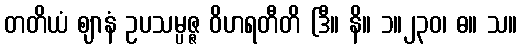
တတိယံ ဈာနံ ဥပသမ္ပဇ္ဇ ဝိဟရတီတိ (ဒီ။ နိ။ ၁။၂၃၀၊ ဓ။ သ။